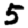
Digit: 5